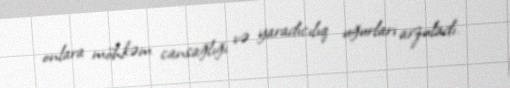
onlara möhkəm cansağlığı və yaradıcılıq uğurları arzuladı.